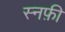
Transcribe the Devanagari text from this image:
स्नफ़ी